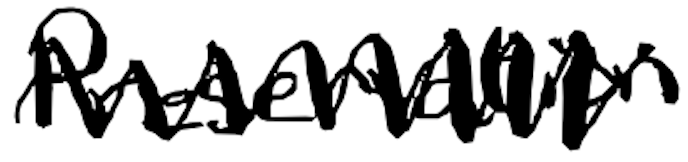
Text: Preservation
Cross-out: zig-zag
Writing tool: digital_black